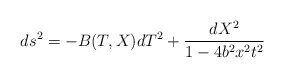
\begin{align*}ds^2 = -B(T,X) dT^2 + \frac{dX^2}{1-4 b^2 x^2 t^2}\end{align*}